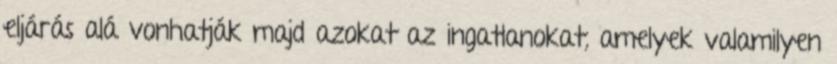
eljárás alá vonhatják majd azokat az ingatlanokat, amelyek valamilyen